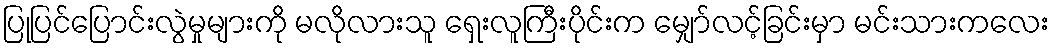
ပြုပြင်ပြောင်းလွဲမှုများကို မလိုလားသူ ရှေးလူကြီးပိုင်းက မျှော်လင့်ခြင်းမှာ မင်းသားကလေး